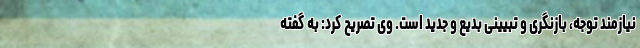
نیازمند توجه، بازنگری و تبیینی بدیع و جدید است. وی تصریح کرد: به گفته